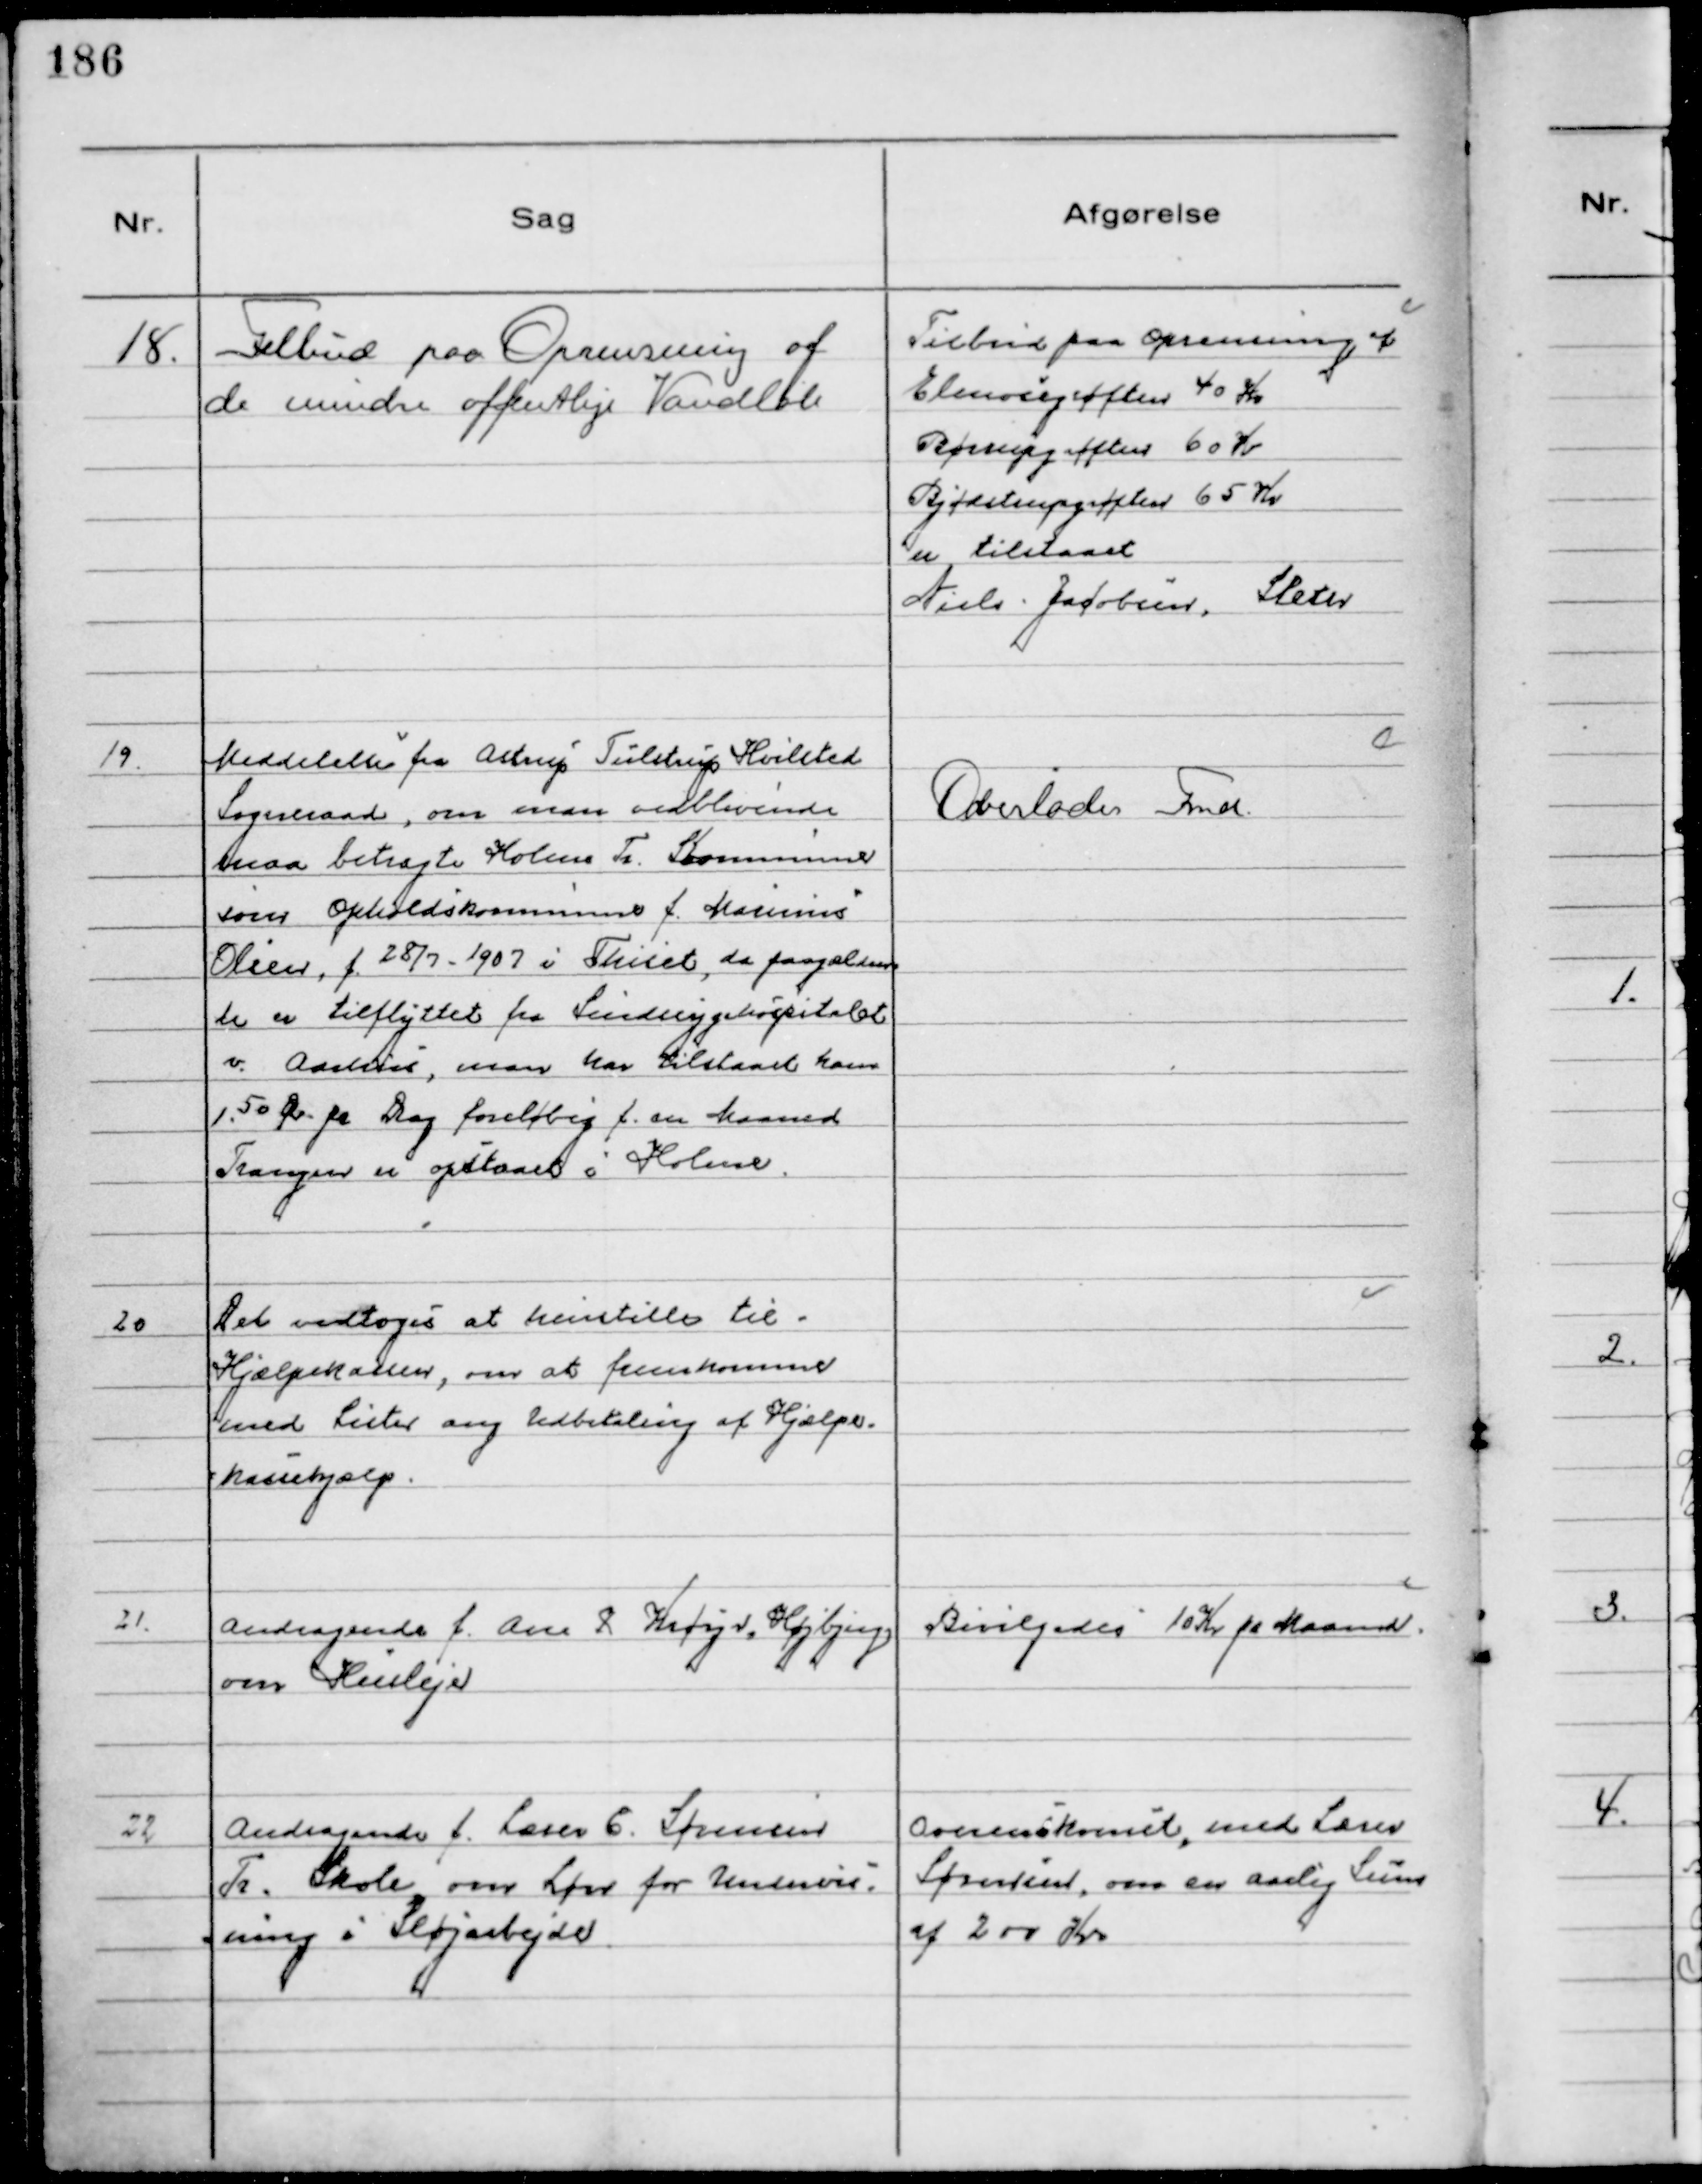
Transskription:
18.
Tilbud paa Oprensning af
de mindre offentlige Vandløb

Tilbud paa Oprensning af
Elmegrøften 40 Kr.
Børrupgrøften 60 Kr
Bjødstrupgrøften 65 Kr
er tilstaaet
Niels Jacobsen, Sleth

19.
Meddelelse fra Astrup Tulstrup Hvilsted
Sogneraad, om man vedblivende
maa betragte Holme Tr. Kommune
som Opholdskommune f. Marinus
Olsen, f. 28/7-1902 i Thiset, da paagælden
de er tilflyttet fra Sindssygehospitalet
v. Aarhus, man har tilstaaet ham
1. 50 Øre pr Dag foreløbig f. en Maaned
Trangen er opstaaet i Holme.

Overlodes Fmd.

20
Det vedtoges at henstille til
Hjælpekassen, om at fremkomme
med Lister ang Udbetaling af Hjælpe-
kassehjælp.

21.
Andragende f. Ane & Krøyer, Højbjerg
om Husleje

Bevilgedes 10 Kr pr Maaned.

22
Andragende f. Lærer E. Sørensen
Tr. Skole, om Løn for Undervis-
ning i Sløjarbejde.

Overenskomst, med Lærer
Sørensen, om en aarlig Sum
af 200 Kr